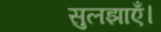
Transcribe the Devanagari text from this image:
सुलझाएँ।